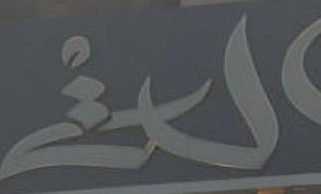
لني